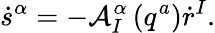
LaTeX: \dot{s}^{\alpha}=-\mathcal{A}_{I}^{\alpha}\left(q^{a}\right)\dot{r}^{I}.